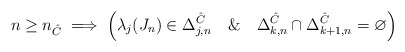
\begin{align*} n\geq n_{\hat C}\implies\left(\lambda_j(J_n)\in\Delta_{j,n}^{\hat C}\quad\&\quad\Delta_{k,n}^{\hat C}\cap\Delta_{k+1,n}^{\hat C}=\varnothing\right)\end{align*}